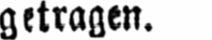
getragen.